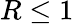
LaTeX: R\leq 1